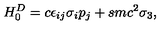
H _ { 0 } ^ { D } = c \epsilon _ { i j } \sigma _ { i } p _ { j } + s m c ^ { 2 } \sigma _ { 3 } ,